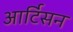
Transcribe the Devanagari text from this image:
आर्टिसन